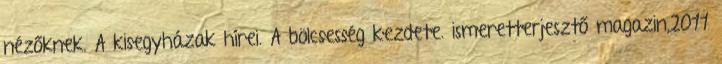
nézőknek. A kisegyházak hírei. A bölcsesség kezdete. ismeretterjesztő magazin,2011